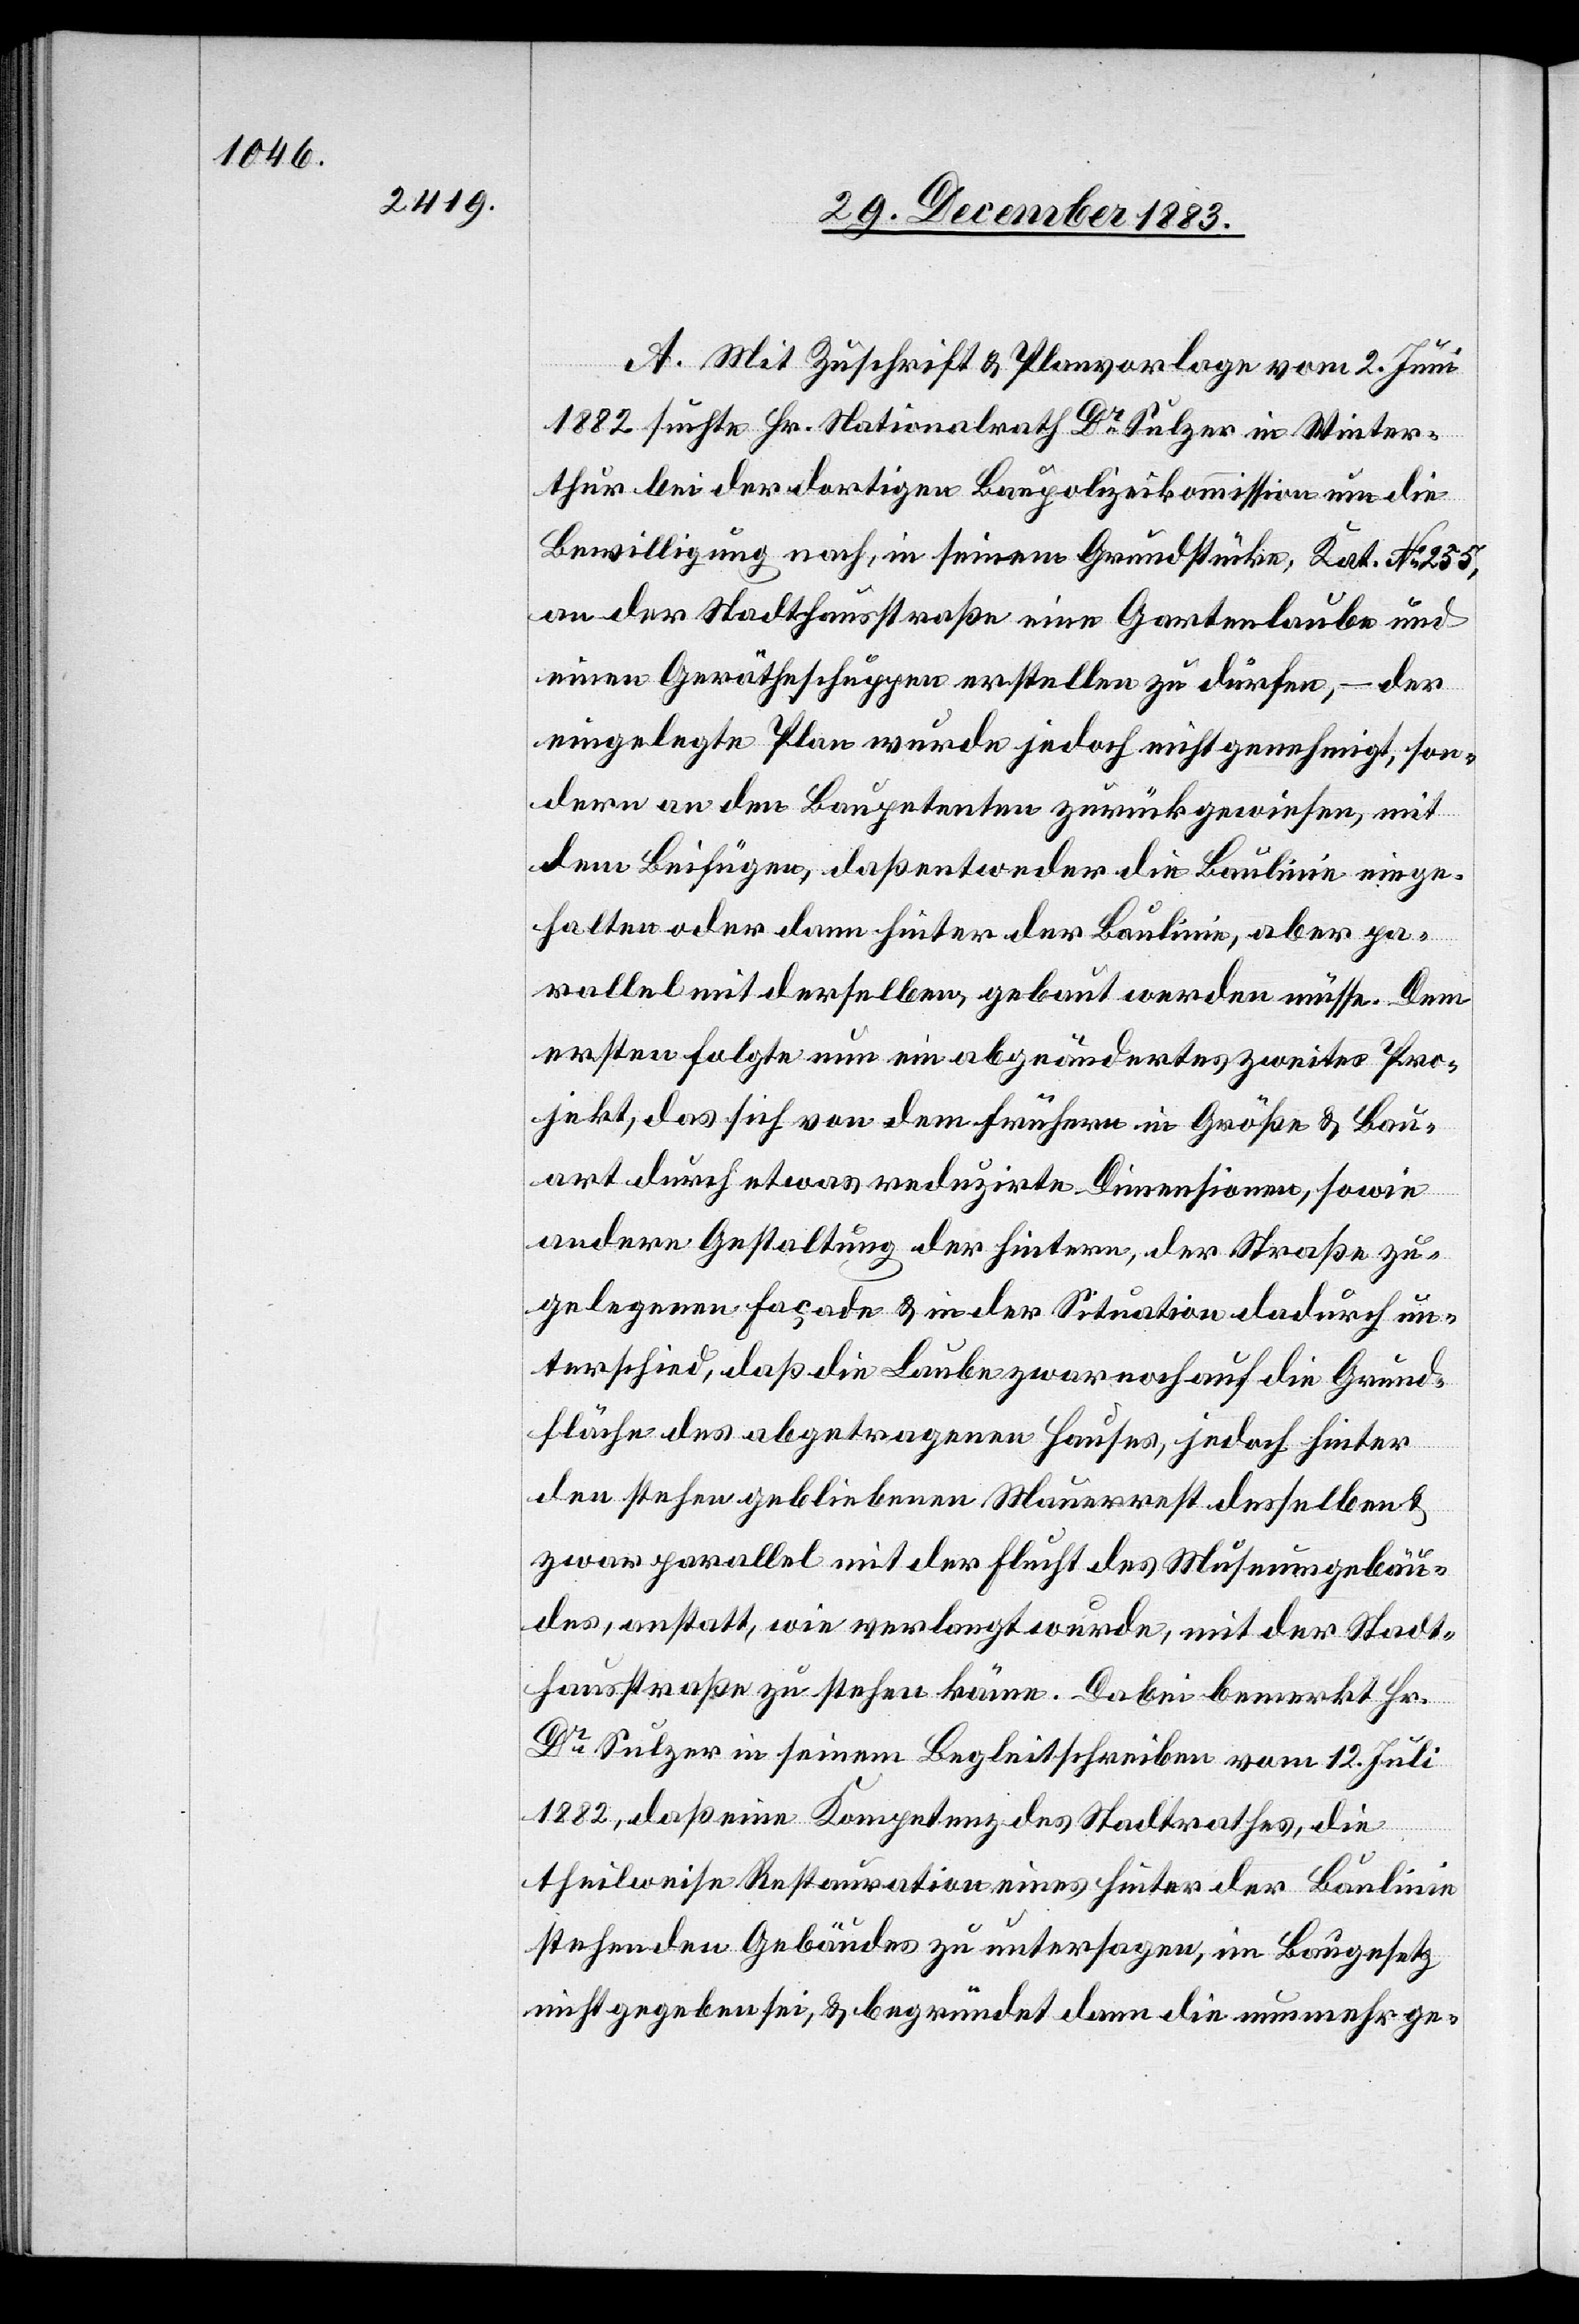
A. Mit Zuschrift & Planvorlage vom 2. Juni
1882 suchte Hr. Nationalrath Dr Sulzer in Winter¬
thur bei der dortigen Baupolizeikommission um die
Bewilligung nach, in seinem Grundstücke, Kat. No 235,
an der Stadthausstraße eine Gartenlaube und
einen Gerätheschuppen erstellen zu dürfen, – der
eingelegte Plan wurde jedoch nicht genehmigt, son¬
dern an den Baupetenten zurückgewiesen, mit
dem Beifügen, daß entweder die Baulinie einge¬
halten oder dann hinter der Baulinie, aber pa¬
rallel mit derselben, gebaut werden müsse. Dem
erstern folgte nun ein abgeändertes zweites Pro¬
jekt, das sich von dem frühern in Größe & Bau¬
art durch etwas reduzirte Dimensionen, sowie
andere Gestaltung der hintern, der Straße zu¬
gelegten Façade & in der Situation dadurch un¬
terschied, daß die Laube zwar noch auf die Grund¬
fläche des abgetragenen Hauses, jedoch hinter
den stehen gebliebenen Mauerrest desselben &
zwar parallel mit der Flucht des Museumsgebäu¬
des, anstatt, wie verlangt wurde, mit der Stadt¬
hausstraße zu stehen käme. Dabei bemerkt Hr.
Dr Sulzer in seinem Begleitschreiben vom 12. Juli
1882, daß eine Kompetenz des Stadtrathes, die
theilweise Restauration eines hinter der Baulinie
stehenden Gebäudes zu untersagen, im Baugesetz
nicht gegeben sei, & begründet dann die nunmehr ge-